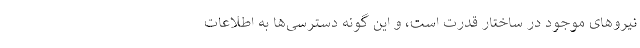
نیروهای موجود در ساختار قدرت است، و این گونه دسترسی‌ها به اطلاعات